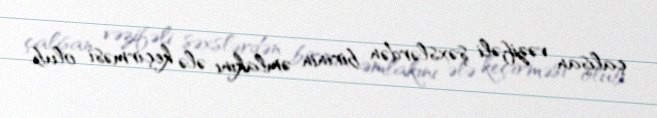
çalışan vəzifəli şəxslərdən birinin əmlakını ələ keçirməsi olub.